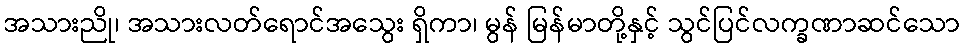
အသားညို၊ အသားလတ်ရောင်အသွေး ရှိကာ၊ မွန် မြန်မာတို့နှင့် သွင်ပြင်လက္ခဏာဆင်သော